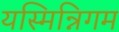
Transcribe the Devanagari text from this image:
यस्मिन्निगम